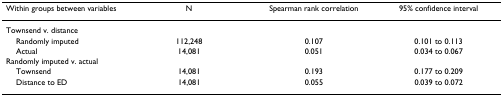
<table><thead><tr><td><b>Within groups between variables</b></td><td><b>N</b></td><td><b>Spearman rank correlation</b></td><td><b>95% confidence interval</b></td></tr></thead><tbody><tr><td>Townsend v. distance</td><td>[EMPTY_CELL]</td><td>[EMPTY_CELL]</td><td>[EMPTY_CELL]</td></tr><tr><td> Randomly imputed</td><td>112,248</td><td>0.107</td><td>0.101 to 0.113</td></tr><tr><td> Actual</td><td>14,081</td><td>0.051</td><td>0.034 to 0.067</td></tr><tr><td>Randomly imputed v. actual</td><td>[EMPTY_CELL]</td><td>[EMPTY_CELL]</td><td>[EMPTY_CELL]</td></tr><tr><td> Townsend</td><td>14,081</td><td>0.193</td><td>0.177 to 0.209</td></tr><tr><td> Distance to ED</td><td>14,081</td><td>0.055</td><td>0.039 to 0.072</td></tr></tbody></table>